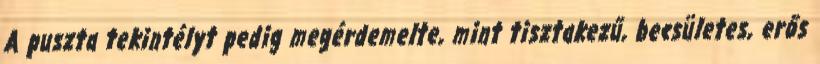
A puszta tekintélyt pedig megérdemelte, mint tisztakezű, becsületes, erős